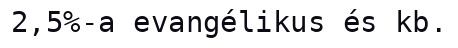
2,5%-a evangélikus és kb.